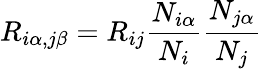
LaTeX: R_{i\alpha,j\beta}=R_{ij}\frac{N_{i\alpha}}{N_{i}}\frac{N_{j\alpha}}{N_{j}}